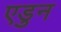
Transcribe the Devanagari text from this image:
एडुन